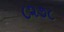
૮૨૭૮